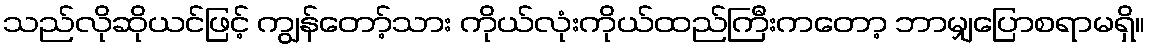
သည်လိုဆိုယင်ဖြင့် ကျွန်တော့်သား ကိုယ်လုံးကိုယ်ထည်ကြီးကတော့ ဘာမျှပြောစရာမရှိ။